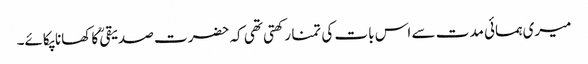
میری ہمسائی مدت سے اس بات کی تمنا رکھتی تھی کہ حضرت صدیقیؒ کا کھانا پکائے۔